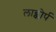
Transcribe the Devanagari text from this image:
लाब्कोर्प